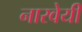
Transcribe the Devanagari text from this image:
नारवेयी